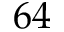
6 4